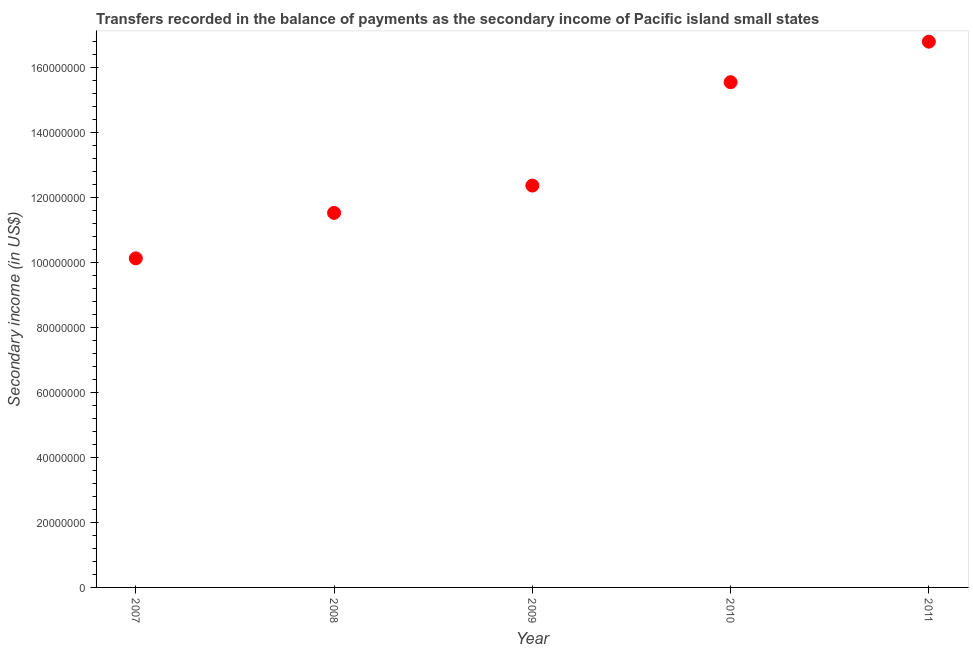
| Year | Secondary income |
 | --- | --- |
 | 2007 | 1.01e+08 |
 | 2008 | 1.15e+08 |
 | 2009 | 1.24e+08 |
 | 2010 | 1.55e+08 |
 | 2011 | 1.68e+08 |